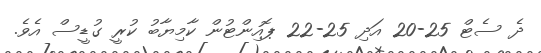
ދެ ސެޓް 25-20 އަދި 25-22 ޕޮއިންޓުން ކާމިޔާބު ކުރީ ގުޑީސް އެވެ.